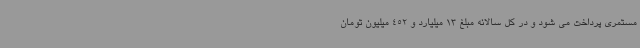
مستمری پرداخت می شود و در کل سالانه مبلغ 13 میلیارد و 452 میلیون تومان